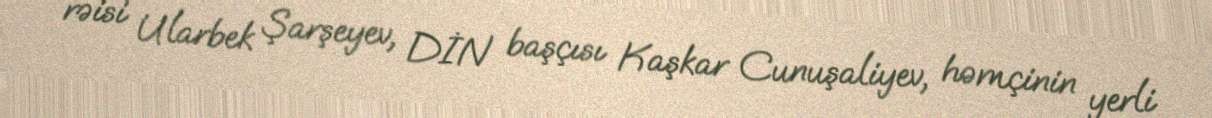
rəisi Ularbek Şarşeyev, DİN başçısı Kaşkar Cunuşaliyev, həmçinin yerli